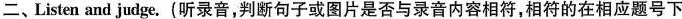
二、Listen and judge.(听录音，判断句子或图片是否与录音内容相符，相符的在相应题号下)